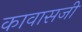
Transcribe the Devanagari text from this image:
कावासजी